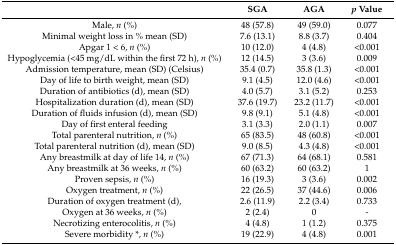
<table><thead><tr><td></td><td><b>SGA</b></td><td><b>AGA</b></td><td><b><i>p</i> Value</b></td></tr></thead><tbody><tr><td>Male, <i>n</i> (%)</td><td>48 (57.8)</td><td>49 (59.0)</td><td>0.077</td></tr><tr><td>Minimal weight loss in % mean (SD)</td><td>7.6 (13.1)</td><td>8.8 (3.7)</td><td>0.404</td></tr><tr><td>Apgar 1 &lt; 6, <i>n</i> (%)</td><td>10 (12.0)</td><td>4 (4.8)</td><td>&lt;0.001</td></tr><tr><td>Hypoglycemia (&lt;45 mg/dL within the first 72 h), <i>n</i> (%)</td><td>12 (14.5)</td><td>3 (3.6)</td><td>0.009</td></tr><tr><td>Admission temperature, mean (SD) (Celsius)</td><td>35.4 (0.7)</td><td>35.8 (1.3)</td><td>&lt;0.001</td></tr><tr><td>Day of life to birth weight, mean (SD)</td><td>9.1 (4.5)</td><td>12.0 (4.6)</td><td>&lt;0.001</td></tr><tr><td>Duration of antibiotics (d), mean (SD)</td><td>4.0 (5.7)</td><td>3.1 (5.2)</td><td>0.253</td></tr><tr><td>Hospitalization duration (d), mean (SD)</td><td>37.6 (19.7)</td><td>23.2 (11.7)</td><td>&lt;0.001</td></tr><tr><td>Duration of fluids infusion (d), mean (SD)</td><td>9.8 (9.1)</td><td>5.1 (4.8)</td><td>&lt;0.001</td></tr><tr><td>Day of first enteral feeding</td><td>3.1 (3.3)</td><td>2.0 (1.1)</td><td>0.007</td></tr><tr><td>Total parenteral nutrition, <i>n</i> (%)</td><td>65 (83.5)</td><td>48 (60.8)</td><td>&lt;0.001</td></tr><tr><td>Total parenteral nutrition (d), mean (SD)</td><td>9.0 (8.5)</td><td>4.3 (4.8)</td><td>&lt;0.001</td></tr><tr><td>Any breastmilk at day of life 14, <i>n</i> (%)</td><td>67 (71.3)</td><td>64 (68.1)</td><td>0.581</td></tr><tr><td>Any breastmilk at 36 weeks, <i>n</i> (%) </td><td>60 (63.2)</td><td>60 (63.2)</td><td>1</td></tr><tr><td>Proven sepsis, <i>n</i> (%)</td><td>16 (19.3)</td><td>3 (3.6)</td><td>0.002</td></tr><tr><td>Oxygen treatment, <i>n</i> (%)</td><td>22 (26.5)</td><td>37 (44.6)</td><td>0.006</td></tr><tr><td>Duration of oxygen treatment (d),</td><td>2.6 (11.9)</td><td>2.2 (3.4)</td><td>0.733</td></tr><tr><td>Oxygen at 36 weeks, <i>n</i> (%)</td><td>2 (2.4)</td><td>0</td><td>-</td></tr><tr><td>Necrotizing enterocolitis, <i>n</i> (%)</td><td>4 (4.8)</td><td>1 (1.2)</td><td>0.375</td></tr><tr><td>Severe morbidity *, <i>n</i> (%)</td><td>19 (22.9)</td><td>4 (4.8)</td><td>0.001</td></tr></tbody></table>